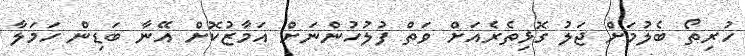
ހުރިތޯ ބެލުމަށް ޖަލު ގޮޅިތެރެއަށް ވަތް ފުލުހުންނަށް އަމާޒުކޮށް އޭނާ ބަޑިން ހަމަލާ